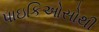
પાઇકિઓસોથી